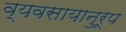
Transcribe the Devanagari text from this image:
व्यवसायानुरूप